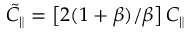
\tilde { C } _ { \parallel } = \left[ 2 ( 1 + \beta ) / \beta \right] C _ { \parallel }